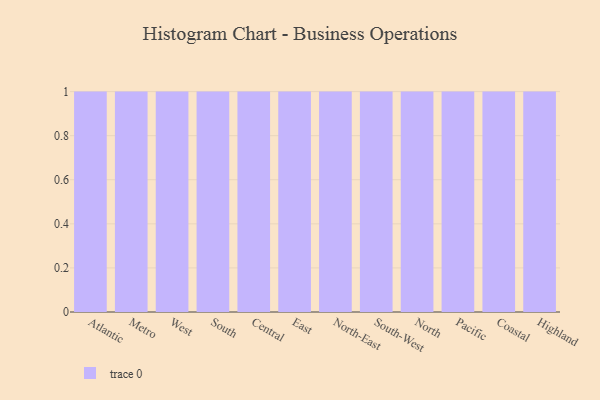
{"axis": {"x": "Region", "y": "Operating Costs (USD K)"}, "legend": [""], "data": [{"x": "Atlantic", "y": 26, "type": ""}, {"x": "Metro", "y": 35, "type": ""}, {"x": "West", "y": 2, "type": ""}, {"x": "South", "y": 57, "type": ""}, {"x": "Central", "y": 73, "type": ""}, {"x": "East", "y": 37, "type": ""}, {"x": "North-East", "y": 5, "type": ""}, {"x": "South-West", "y": 26, "type": ""}, {"x": "North", "y": 45, "type": ""}, {"x": "Pacific", "y": 2, "type": ""}, {"x": "Coastal", "y": 51, "type": ""}, {"x": "Highland", "y": 28, "type": ""}]}